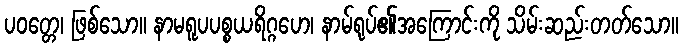
ပဝတ္တေ၊ ဖြစ်သော။ နာမရူပပစ္စယရိဂ္ဂဟေ၊ နာမ်ရုပ်၏အကြောင်းကို သိမ်းဆည်းတတ်သော။